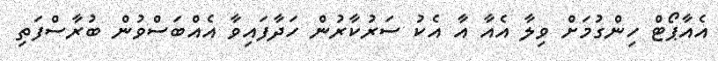
އެއާޕޯޓް ހިންގުމަށް ވިލާ އެއާ އާ އެކު ސަރުކާރުން ހަދާފައިވާ އެއްބަސްވުން ބުރާސްފަތި